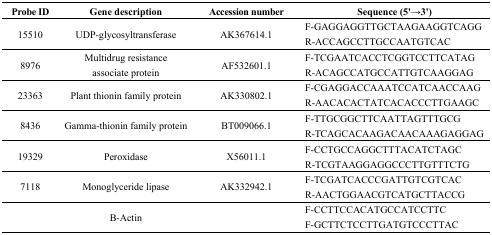
<table><thead><tr><td><b>Probe ID</b></td><td><b>Gene description</b></td><td><b>Accession number</b></td><td><b>Sequence (5&#x27;→3&#x27;)</b></td></tr></thead><tbody><tr><td rowspan="2">15510</td><td rowspan="2">UDP-glycosyltransferase</td><td rowspan="2">AK367614.1</td><td>F-GAGGAGGTTGCTAAGAAGGTCAGG</td></tr><tr><td>R-ACCAGCCTTGCCAATGTCAC</td></tr><tr><td rowspan="2">8976</td><td rowspan="2">Multidrug resistance associate protein</td><td rowspan="2">AF532601.1</td><td>F-TCGAATCACCTCGGTCCTTCATAG</td></tr><tr><td>R-ACAGCCATGCCATTGTCAAGGAG</td></tr><tr><td rowspan="2">23363</td><td rowspan="2">Plant thionin family protein</td><td rowspan="2">AK330802.1</td><td>F-CGAGGACCAAATCCATCAACCAAG</td></tr><tr><td>R-AACACACTATCACACCCTTGAAGC</td></tr><tr><td rowspan="2">8436</td><td rowspan="2">Gamma-thionin family protein</td><td rowspan="2">BT009066.1</td><td>F-TTGCGGCTTCAATTAGTTTGCG</td></tr><tr><td>R-TCAGCACAAGACAACAAAGAGGAG</td></tr><tr><td rowspan="2">19329</td><td rowspan="2">Peroxidase</td><td rowspan="2">X56011.1</td><td>F-CCTGCCAGGCTTTACATCTAGC</td></tr><tr><td>R-TCGTAAGGAGGCCCTTGTTTCTG</td></tr><tr><td rowspan="2">7118</td><td rowspan="2">Monoglyceride lipase</td><td rowspan="2">AK332942.1</td><td>F-TCGATCACCCGATTGTCGTCAC</td></tr><tr><td>R-AACTGGAACGTCATGCTTACCG</td></tr><tr><td rowspan="2"></td><td rowspan="2">Β-Actin</td><td rowspan="2"></td><td>F-CCTTCCACATGCCATCCTTC</td></tr><tr><td>F-GCTTCTCCTTGATGTCCCTTAC</td></tr></tbody></table>